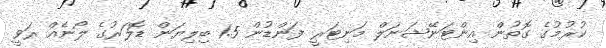
ކުރުމުގެ ގޮތުން އިންޓަނޭޝަނަލް މަނިޓަރީ ފަންޑުން 1.5 ބިލިޔަން ޑޮލަރުގެ ލޯނެއް ރަވީ